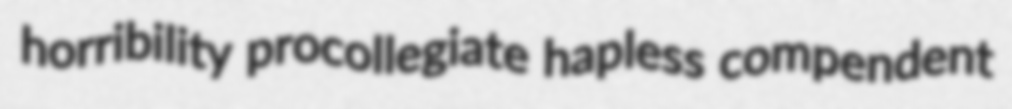
horribility procollegiate hapless compendent